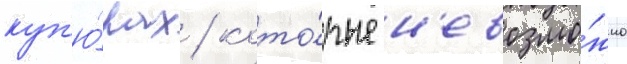
куп'ю́рах / кото́рые н'евозмо́жно